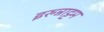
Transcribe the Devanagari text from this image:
इरुन्नाट्टम